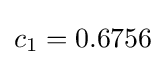
c_{1}=0.6756